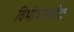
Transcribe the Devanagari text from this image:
विभीषणश्रीदः